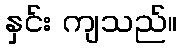
နှင်း ကျသည်။